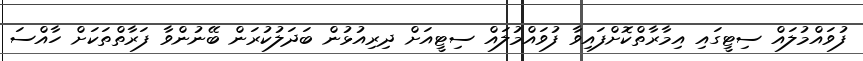
ފުވައްމުލައް ސިޓީގައި އިމާރާތްކޮށްފައިވާ ފުވައްމުލައް ސިޓީއަށް ދިރިއުޅުން ބަދަލުކުރަން ބޭނުންވާ ފަރާތްތަކަށް ހާއްސަ